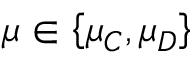
\mu \in \left\{ \mu _ { C } , \mu _ { D } \right\}